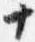
十